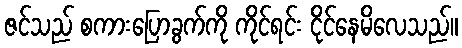
ဇင်သည် စကားပြောခွက်ကို ကိုင်ရင်း ငိုင်နေမိလေသည်။